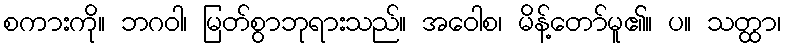
စကားကို။ ဘဂဝါ၊ မြတ်စွာဘုရားသည်။ အဝေါစ၊ မိန့်တော်မူ၏။ ပ။ သတ္ထာ၊